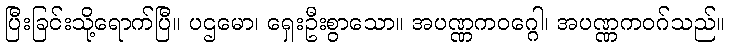
ပြီးခြင်းသို့ရောက်ပြီ။ ပဌမော၊ ရှေးဦးစွာသော။ အပဏ္ဏကဝဂ္ဂေါ၊ အပဏ္ဏကဝဂ်သည်။